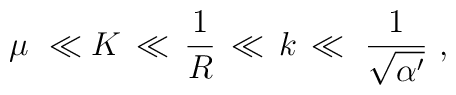
\mu \,\,\ll K \,\ll \,{1\over R}\,\ll\,k\,\ll\,\, {1\over \sqrt{\alpha^\prime}}\,\,,